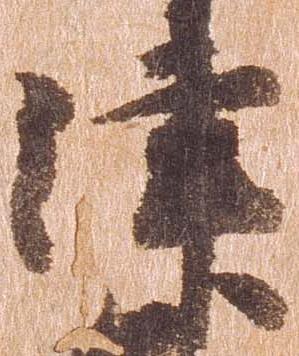
津